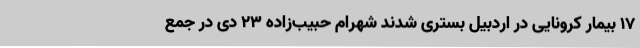
17 بیمار کرونایی در اردبیل بستری شدند شهرام حبیب‌زاده 23 دی در جمع